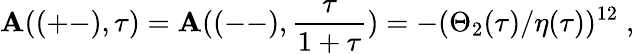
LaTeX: \mathbf{A}((+-),\tau)=\mathbf{A}((--),\frac{{\tau}}{{1+\tau}})=-(\Theta_{2}(\tau)/\eta(\tau))^{12}\; ,